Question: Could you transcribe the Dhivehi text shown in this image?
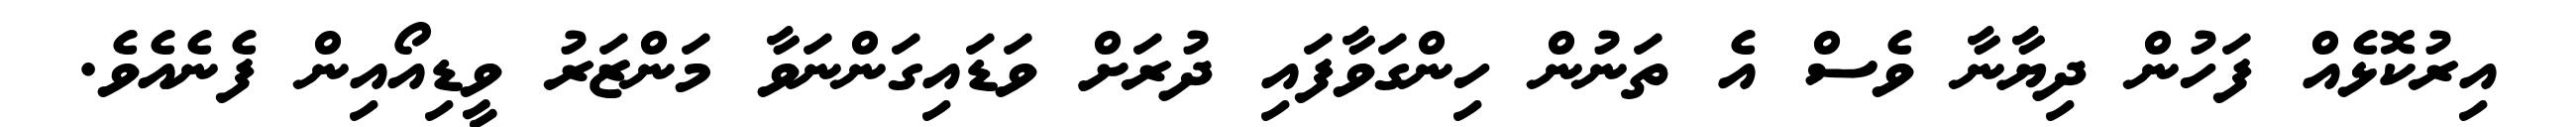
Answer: އިރުކޮޅެއް ފަހުން ދިޔާނާ ވެސް އެ ތަނުން ހިންގަވާފައި ދުރަށް ވަޑައިގަންނަވާ މަންޒަރު ވީޑިއޯއިން ފެނެއެވެ.